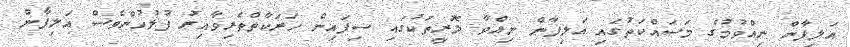
އަލިފާން ނިއްވުމުގެ މަސައްކަތުގައި އަލިފާން ނިއްވާ ލޮރީތަކުގައި ސިފައިން ހަރަކާތްތެރިވާއިރު ފުލުހުންވެސް އަލިފާން